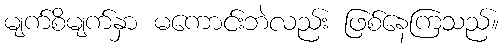
မျက်စိမျက်နှာ မကောင်းဘဲလည်း ဖြစ်နေကြသည်။